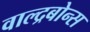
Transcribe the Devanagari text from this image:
वाल्द्रबोन्स